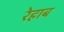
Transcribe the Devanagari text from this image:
रेहाब